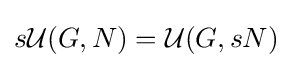
s{\mathcal {U}}(G,N)={\mathcal {U}}(G,sN)